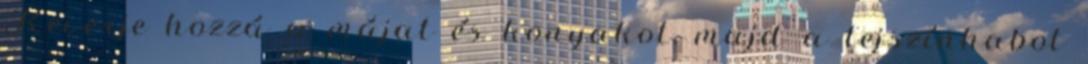
Keverje hozzá a májat és konyakot, majd a tejszínhabot